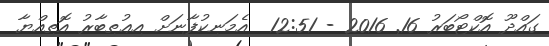
ގައްދޫ އޮކްޓޯބަރު 16